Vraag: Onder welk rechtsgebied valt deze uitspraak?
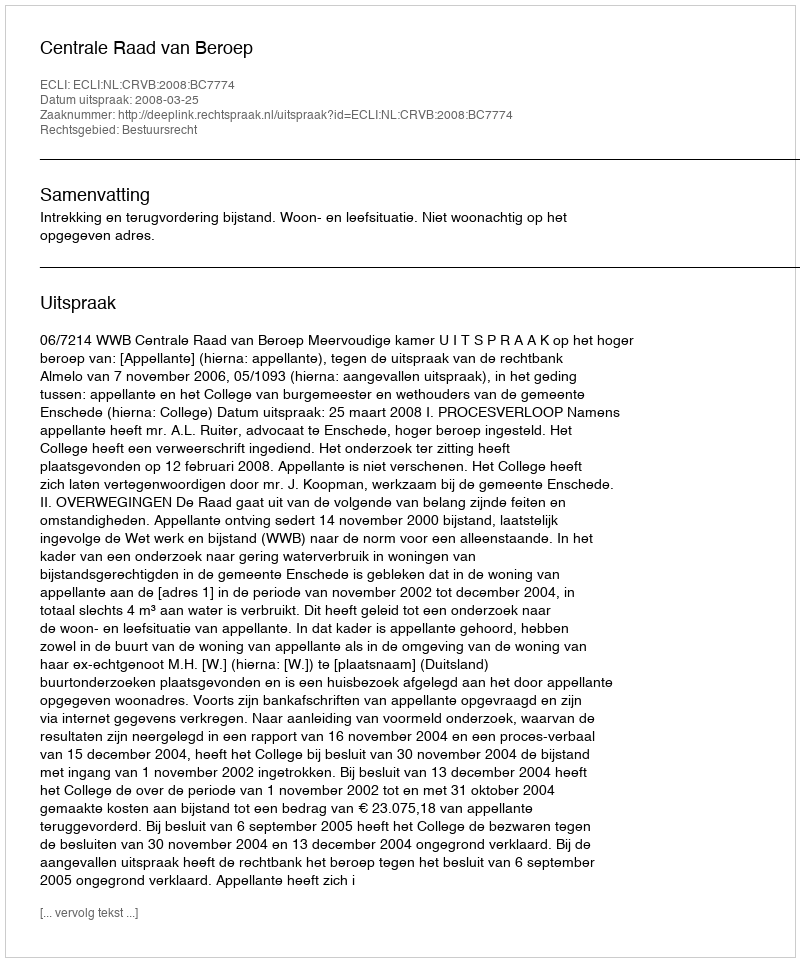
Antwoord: Bestuursrecht